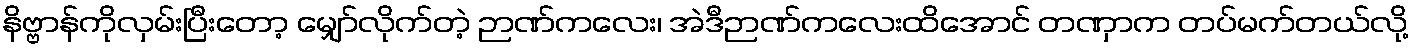
နိဗ္ဗာန်ကိုလှမ်းပြီးတော့ မျှော်လိုက်တဲ့ ဉာဏ်ကလေး၊ အဲဒီဉာဏ်ကလေးထိအောင် တဏှာက တပ်မက်တယ်လို့